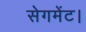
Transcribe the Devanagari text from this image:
सेगमेंट।